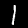
Label: 1